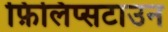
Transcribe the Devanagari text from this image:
फ़िलिप्सटाउन